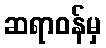
ဆရာဝန်မှ